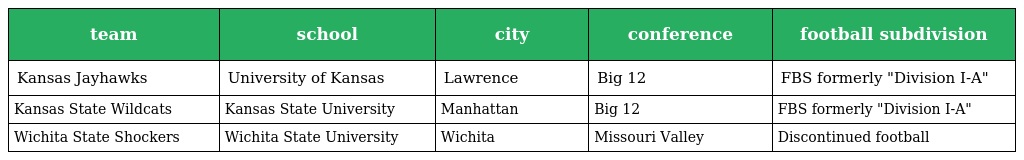
| team | school | city | conference | football subdivision |
 | --- | --- | --- | --- | --- |
 | Kansas Jayhawks | University of Kansas | Lawrence | Big 12 | FBS formerly "Division I-A" |
 | Kansas State Wildcats | Kansas State University | Manhattan | Big 12 | FBS formerly "Division I-A" |
 | Wichita State Shockers | Wichita State University | Wichita | Missouri Valley | Discontinued football |